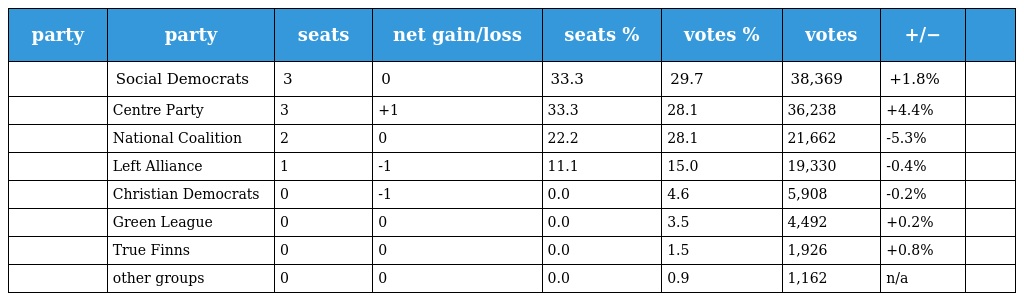
| party | party | seats | net gain/loss | seats % | votes % | votes | +/− |  |
 | --- | --- | --- | --- | --- | --- | --- | --- | --- |
 |  | Social Democrats | 3 | 0 | 33.3 | 29.7 | 38,369 | +1.8% |  |
 |  | Centre Party | 3 | +1 | 33.3 | 28.1 | 36,238 | +4.4% |  |
 |  | National Coalition | 2 | 0 | 22.2 | 28.1 | 21,662 | -5.3% |  |
 |  | Left Alliance | 1 | -1 | 11.1 | 15.0 | 19,330 | -0.4% |  |
 |  | Christian Democrats | 0 | -1 | 0.0 | 4.6 | 5,908 | -0.2% |  |
 |  | Green League | 0 | 0 | 0.0 | 3.5 | 4,492 | +0.2% |  |
 |  | True Finns | 0 | 0 | 0.0 | 1.5 | 1,926 | +0.8% |  |
 |  | other groups | 0 | 0 | 0.0 | 0.9 | 1,162 | n/a |  |